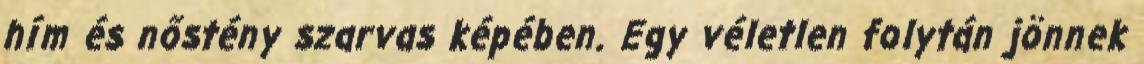
hím és nőstény szarvas képében. Egy véletlen folytán jönnek